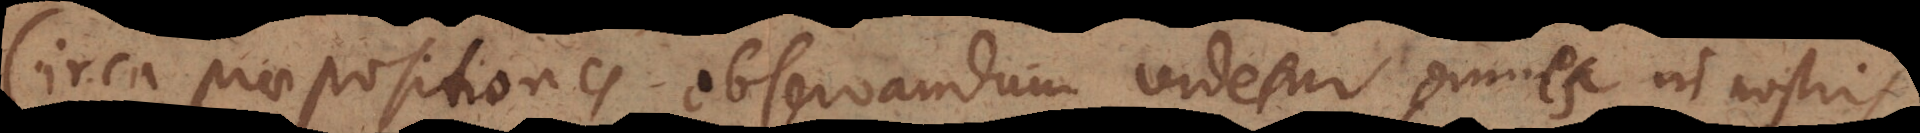
Circa praepositiones observandum videtur omnes in nostris